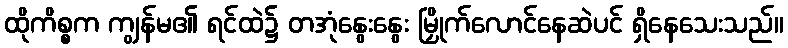
ထိုကိစ္စက ကျွန်မ၏ ရင်ထဲ၌ တအုံနွေးနွေး မြှိုက်လောင်နေဆဲပင် ရှိနေသေးသည်။